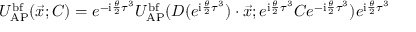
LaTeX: U _ { \mathrm { A P } } ^ { \mathrm { b f } } ( \vec { x } ; C ) = e ^ { - \mathrm { i } { \frac { \theta } { 2 } } \tau ^ { 3 } } U _ { \mathrm { A P } } ^ { \mathrm { b f } } ( D ( e ^ { \mathrm { i } { \frac { \theta } { 2 } } \tau ^ { 3 } } ) \cdot \vec { x } ; e ^ { \mathrm { i } { \frac { \theta } { 2 } } \tau ^ { 3 } } C e ^ { - \mathrm { i } { \frac { \theta } { 2 } } \tau ^ { 3 } } ) e ^ { \mathrm { i } { \frac { \theta } { 2 } } \tau ^ { 3 } }